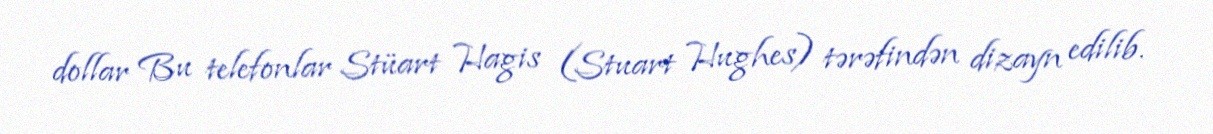
dollar Bu telefonlar Stüart Hagis (Stuart Hughes) tərəfindən dizayn edilib.